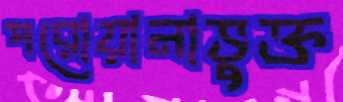
পরোয়ানাভুক্ত